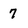
Character: 7